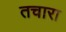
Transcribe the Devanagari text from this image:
तचारा